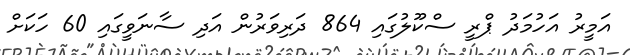
އަމީރު އަހުމަދު ޕްރީ ސްކޫލުގައި 864 ދަރިވަރުން އަދި ސާނަވީގައި 60 ހަކަށް